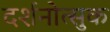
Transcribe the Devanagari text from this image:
दर्शनोत्सुक